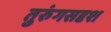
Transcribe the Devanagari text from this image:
तुरुंगसदृश